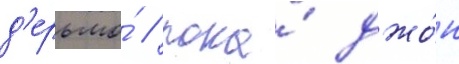
д'ерьмо́ / пока́ джо́н